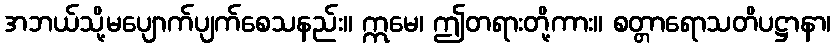
အဘယ်သို့မပျောက်ပျက်စေသနည်း။ ဣမေ၊ ဤတရားတို့ကား။ စတ္တာရောသတိပဋ္ဌာနာ၊